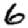
Digit: 6